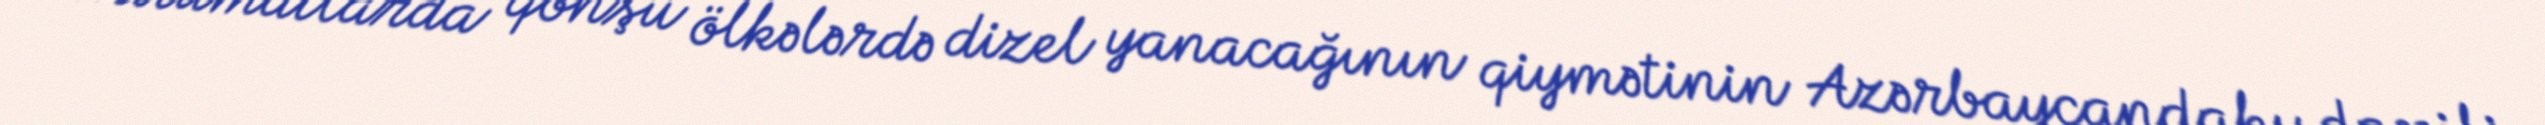
Məlumatlarda qonşu ölkələrdə dizel yanacağının qiymətinin Azərbaycandakı daxili